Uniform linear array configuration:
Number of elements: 12
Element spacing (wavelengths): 0.75
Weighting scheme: exponential
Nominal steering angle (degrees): -30
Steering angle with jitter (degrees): -31.259
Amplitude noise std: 0.05
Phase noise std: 0.05

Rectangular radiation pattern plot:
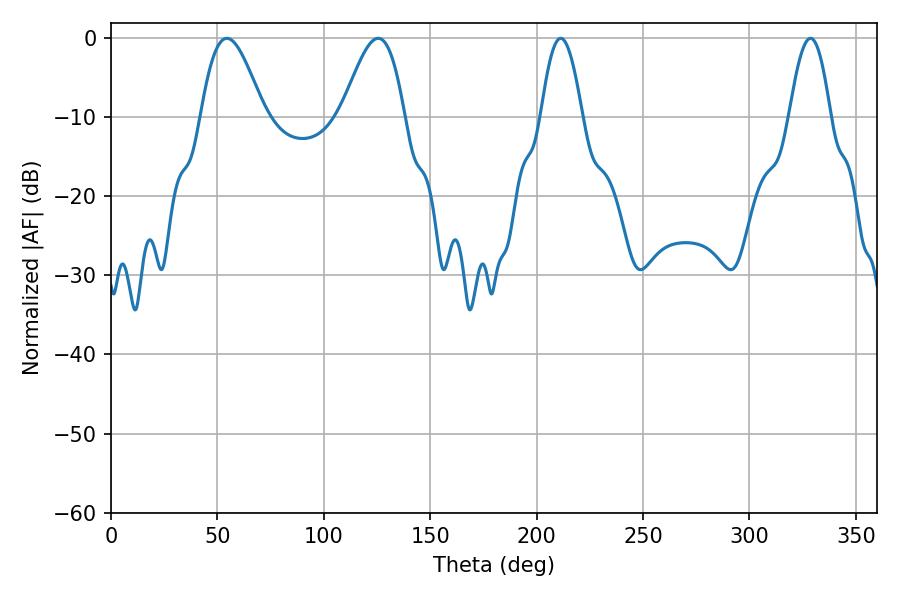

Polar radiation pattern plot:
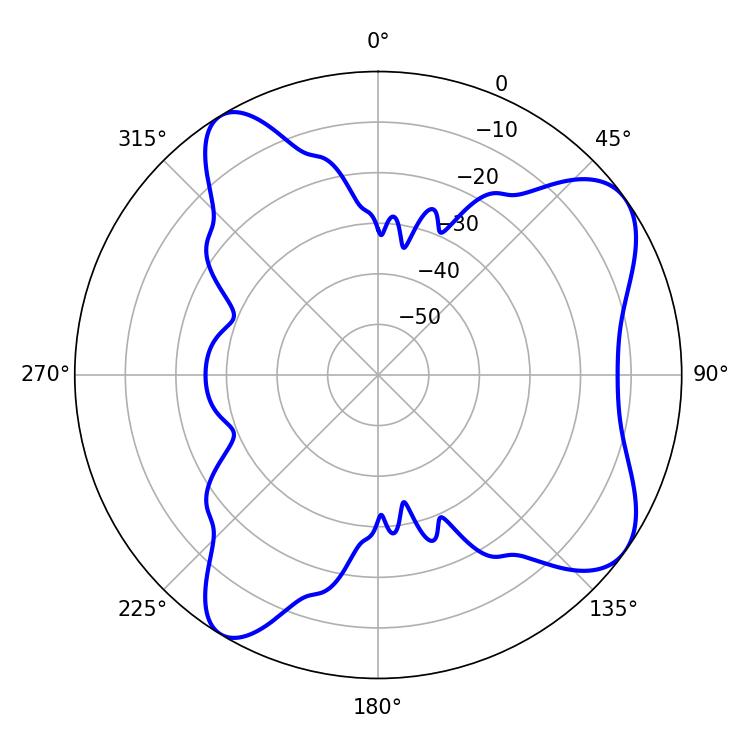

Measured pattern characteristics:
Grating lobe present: TRUE
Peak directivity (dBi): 7.957
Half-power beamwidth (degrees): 10.62
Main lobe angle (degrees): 211.32